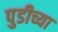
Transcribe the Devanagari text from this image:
पुडीच्या